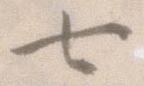
七